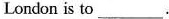
London is to ___.